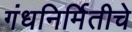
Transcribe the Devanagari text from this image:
गंधनिर्मितीचे